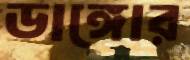
ডাঙ্গোর